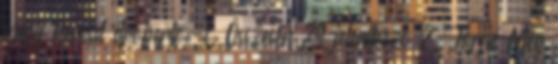
vagy keresd droberto-t. Összesen 29 jelentkező 2. Jorjie Még